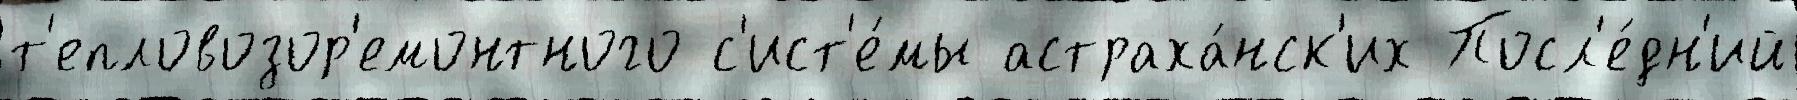
т'епловозор'емонтного с'ист'е́мы астраха́нск'их Посл'е́дн'ий